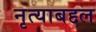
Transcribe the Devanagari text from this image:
नृत्याबद्दल